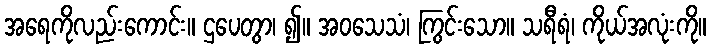
အရေကိုလည်းကောင်း။ ဌပေတွာ၊ ၍။ အဝသေသံ၊ ကြွင်းသော။ သရီရံ၊ ကိုယ်အလုံးကို။